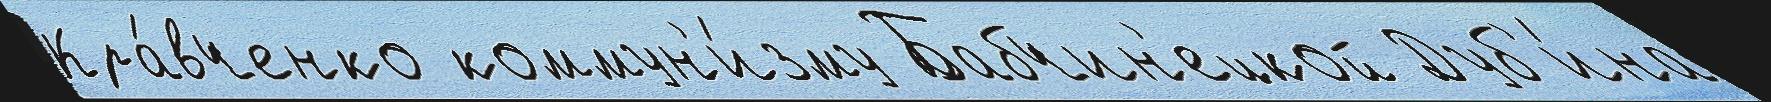
Кра́вченко коммун'и́зму Бабчин'ецкой Дуб'и́на